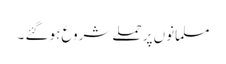
مسلمانوں پر حملے شروع ہو گئے ۔